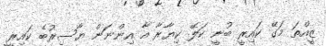
ޒީއްތަ މަގޭ ކައިރީ ބުނީ ކަލޭ ކިޔާރާ އާ އިންނަން ޔާސިރުބެ ކައިރީ